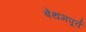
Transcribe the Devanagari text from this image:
बेंथमपूर्व